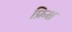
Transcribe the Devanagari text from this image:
फ्रिश्च